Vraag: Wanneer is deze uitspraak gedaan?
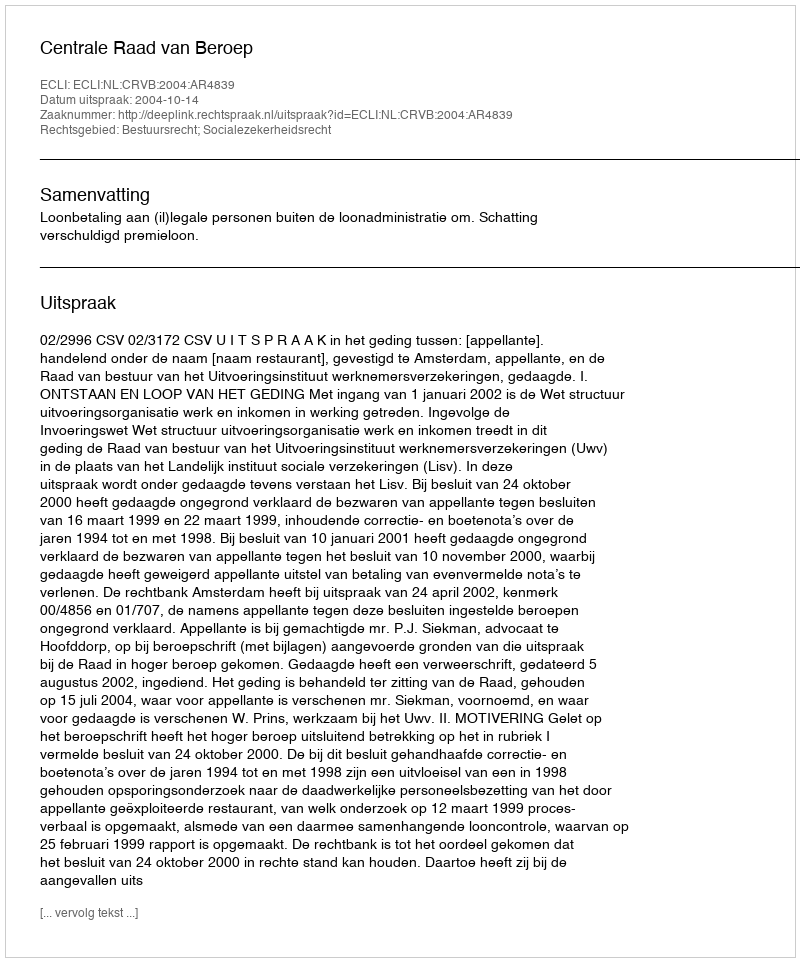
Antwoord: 2004-10-14